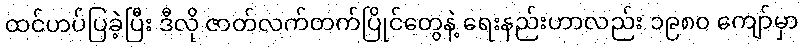
ထင်ဟပ်ပြခဲ့ပြီး ဒီလို ဇာတ်လက်တက်ပြိုင်တွေနဲ့ ရေးနည်းဟာလည်း ၁၉၈၀ ကျော်မှာ